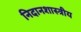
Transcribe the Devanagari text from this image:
निदानशास्त्रीय